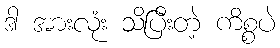
ဒါ အားလုံး သိပြီးတဲ့ ကိစ္စပဲ